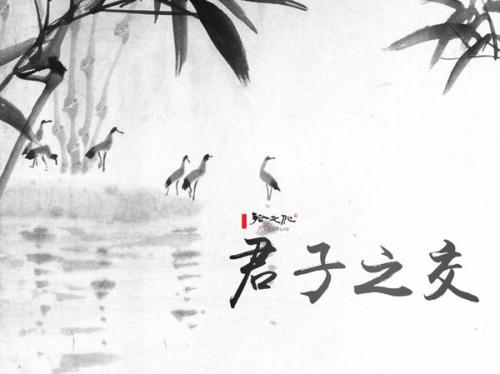
君子之于子，爱之而勿面，使之而勿视，道之以道而勿强。